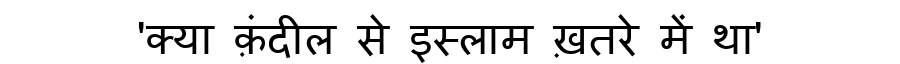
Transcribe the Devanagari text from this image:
'क्या क़ंदील से इस्लाम ख़तरे में था'